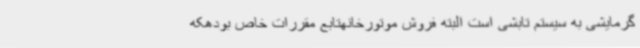
گرمایشی به سیستم تابشی است البته فروش موتورخانهتابع مقررات خاص بودهکه